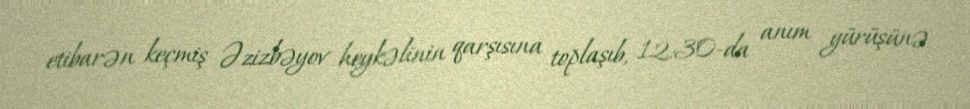
etibarən keçmiş Əzizbəyov heykəlinin qarşısına toplaşıb, 12:30-da anım yürüşünə